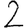
Digit: 2